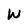
Character: W